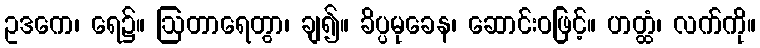
ဥဒကေ၊ ရေ၌။ ဩတာရေတွာ၊ ချ၍။ ခိပ္ပမုခေန၊ ဆောင်းဝဖြင့်။ ဟတ္ထံ၊ လက်ကို။